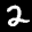
Label: 2